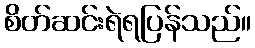
စိတ်ဆင်းရဲရပြန်သည်။